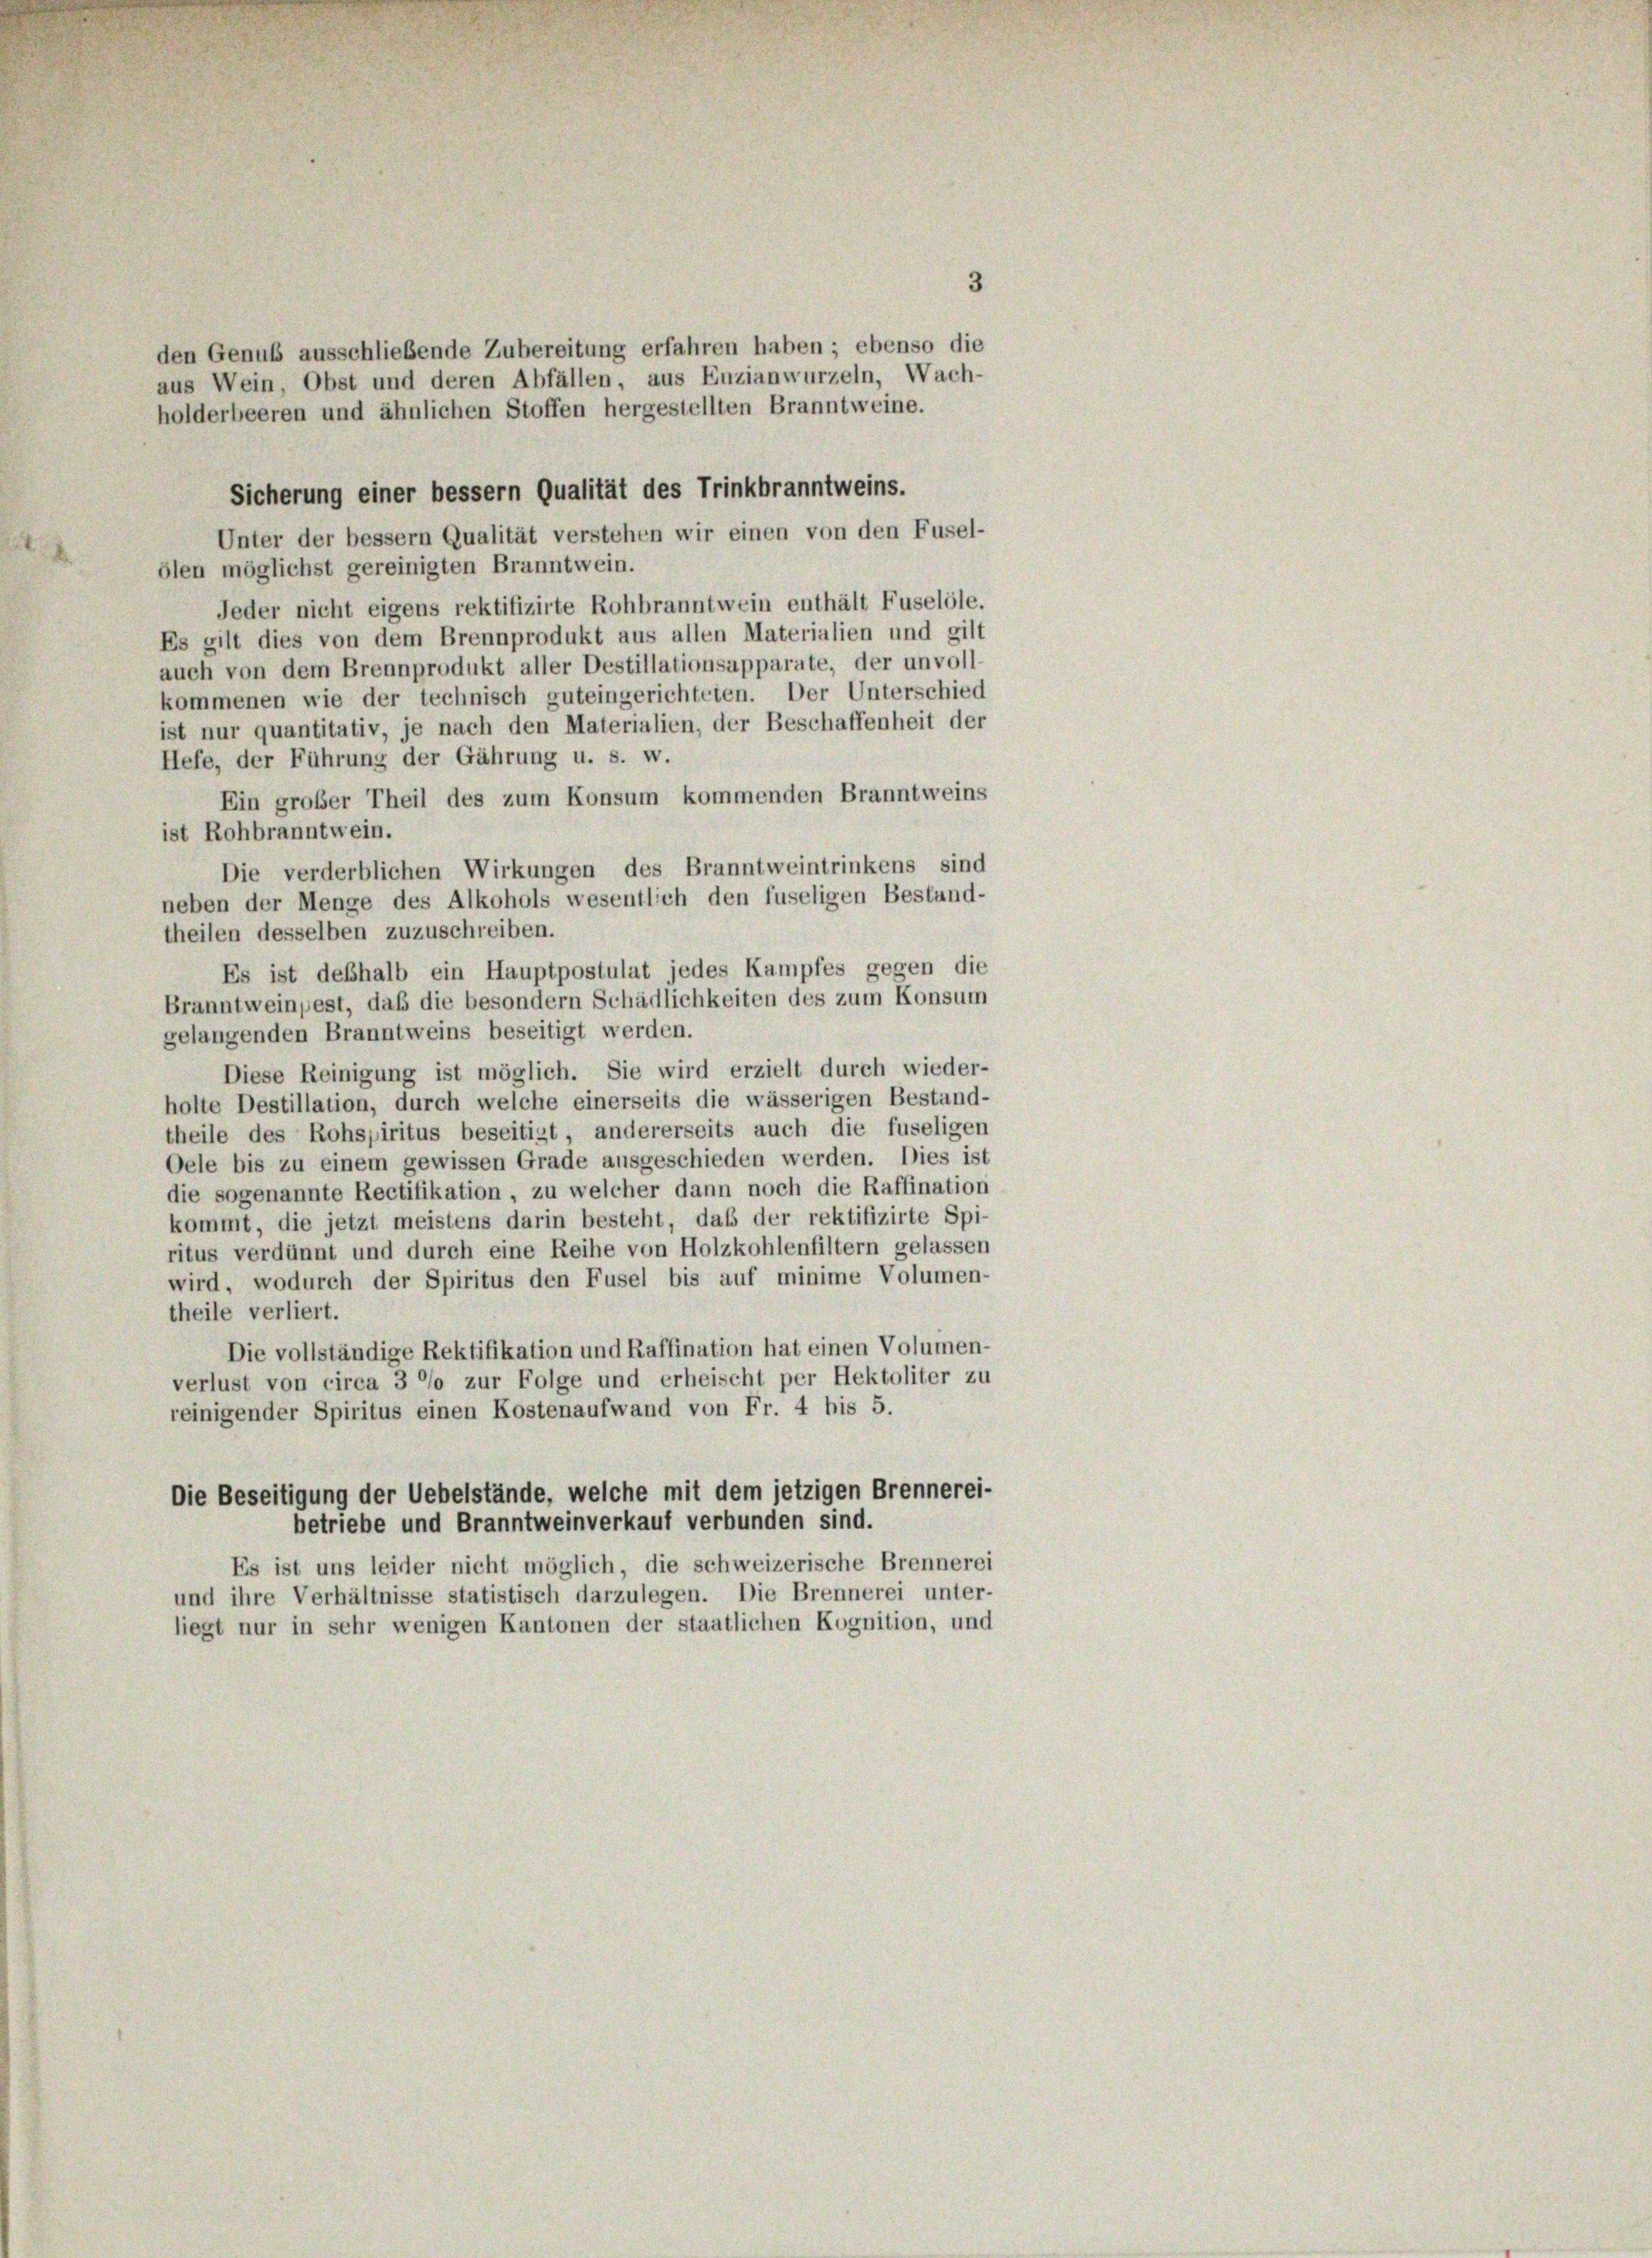
3
den Genuß ausschließende Zubereitung erfahren haben; ebenso die
aus Wein, Obst und deren Abfällen, aus Enzianwurzeln, Wach-
holderbeeren und ähnlichen Stoffen hergestellten Branntweine.
Sicherung einer bessern Qualität des Trinkbranntweins.
Unter der bessern Qualität verstehen wir einen von den Fusel-
ölen möglichst gereinigten Branntwein.
Jeder nicht eigens rektifizirte Rohbranntwein enthält Fuselöle.
Es gilt dies von dem Brennprodukt aus allen Materialien und gilt
auch von dem Brennprodukt aller Destillationsapparate, der unvoll-
kommenen wie der technisch guteingerichteten. Der Unterschied
ist nur quantitativ, je nach den Materialien, der Beschaffenheit der
Hefe, der Führung der Gährung u. s. w.
Ein großer Theil des zum Konsum kommenden Branntweins
ist Rohbranntwein.
Die verderblichen Wirkungen des Branntweintrinkens sind
neben der Menge des Alkohols wesentlich den fuseligen Bestand-
theilen desselben zuzuschreiben.
Es ist deßhalb ein Hauptpostulat jedes Kampfes gegen die
Branntweinpest, daß die besondern Schädlichkeiten des zum Konsum
gelangenden Branntweins beseitigt werden.
Diese Reinigung ist möglich. Sie wird erzielt durch wieder-
holte Destillation, durch welche einerseits die wässerigen Bestand-
theile des Rohspiritus beseitigt, andererseits auch die fuseligen
Oele bis zu einem gewissen Grade ausgeschieden werden. Dies ist
die sogenannte Rectifikation, zu welcher dann noch die Raffination
kommt, die jetzt meistens darin besteht, daß der rektifizirte Spi-
ritus verdünnt und durch eine Reihe von Holzkohlenfiltern gelassen
wird, wodurch der Spiritus den Fusel bis auf minime Volumen-
theile verliert.
Die vollständige Rektifikation und Raffination hat einen Volumen-
verlust von circa 3 °/o zur Folge und erheischt per Hektoliter zu
reinigender Spiritus einen Kostenaufwand von Fr. 4 bis 5.
Die Beseitigung der Uebelstände, welche mit dem jetzigen Brennerei-
betriebe und Branntweinverkauf verbunden sind.
Es ist uns leider nicht möglich, die schweizerische Brennerei
und ihre Verhältnisse statistisch darzulegen. Die Brennerei unter-
liegt nur in sehr wenigen Kantonen der staatlichen Kognition, und